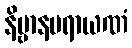
နိဗ္ဗာနပရာယဏံ